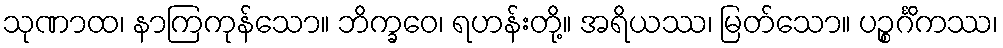
သုဏာထ၊ နာကြကုန်သော။ ဘိက္ခဝေ၊ ရဟန်းတို့။ အရိယဿ၊ မြတ်သော။ ပဉ္စင်္ဂိကဿ၊